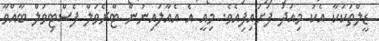
ޑީލްތަކަކާ އެކު މިއަދު ފަށައިފިއެވެ. މިއީ އެ އެއާލައިނުން ޓްރެވަލް ފެސްޓިވަލް ބާއްވާ